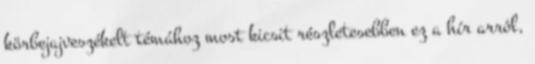
körbejajveszékelt témához most kicsit részletesebben ez a hír arról,